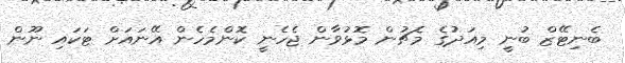
ބެނިޓޭޒް ބުނީ މިއަދުގެ މެޗުން މޮޅުވާން ޖެހެނީ ކޮންމެހެން އޭނައަށް ޓަކައި ނޫން